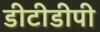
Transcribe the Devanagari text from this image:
डीटीडीपी